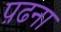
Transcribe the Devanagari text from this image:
प़ढना